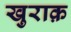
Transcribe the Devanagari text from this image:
खुराक़